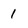
Character: 1